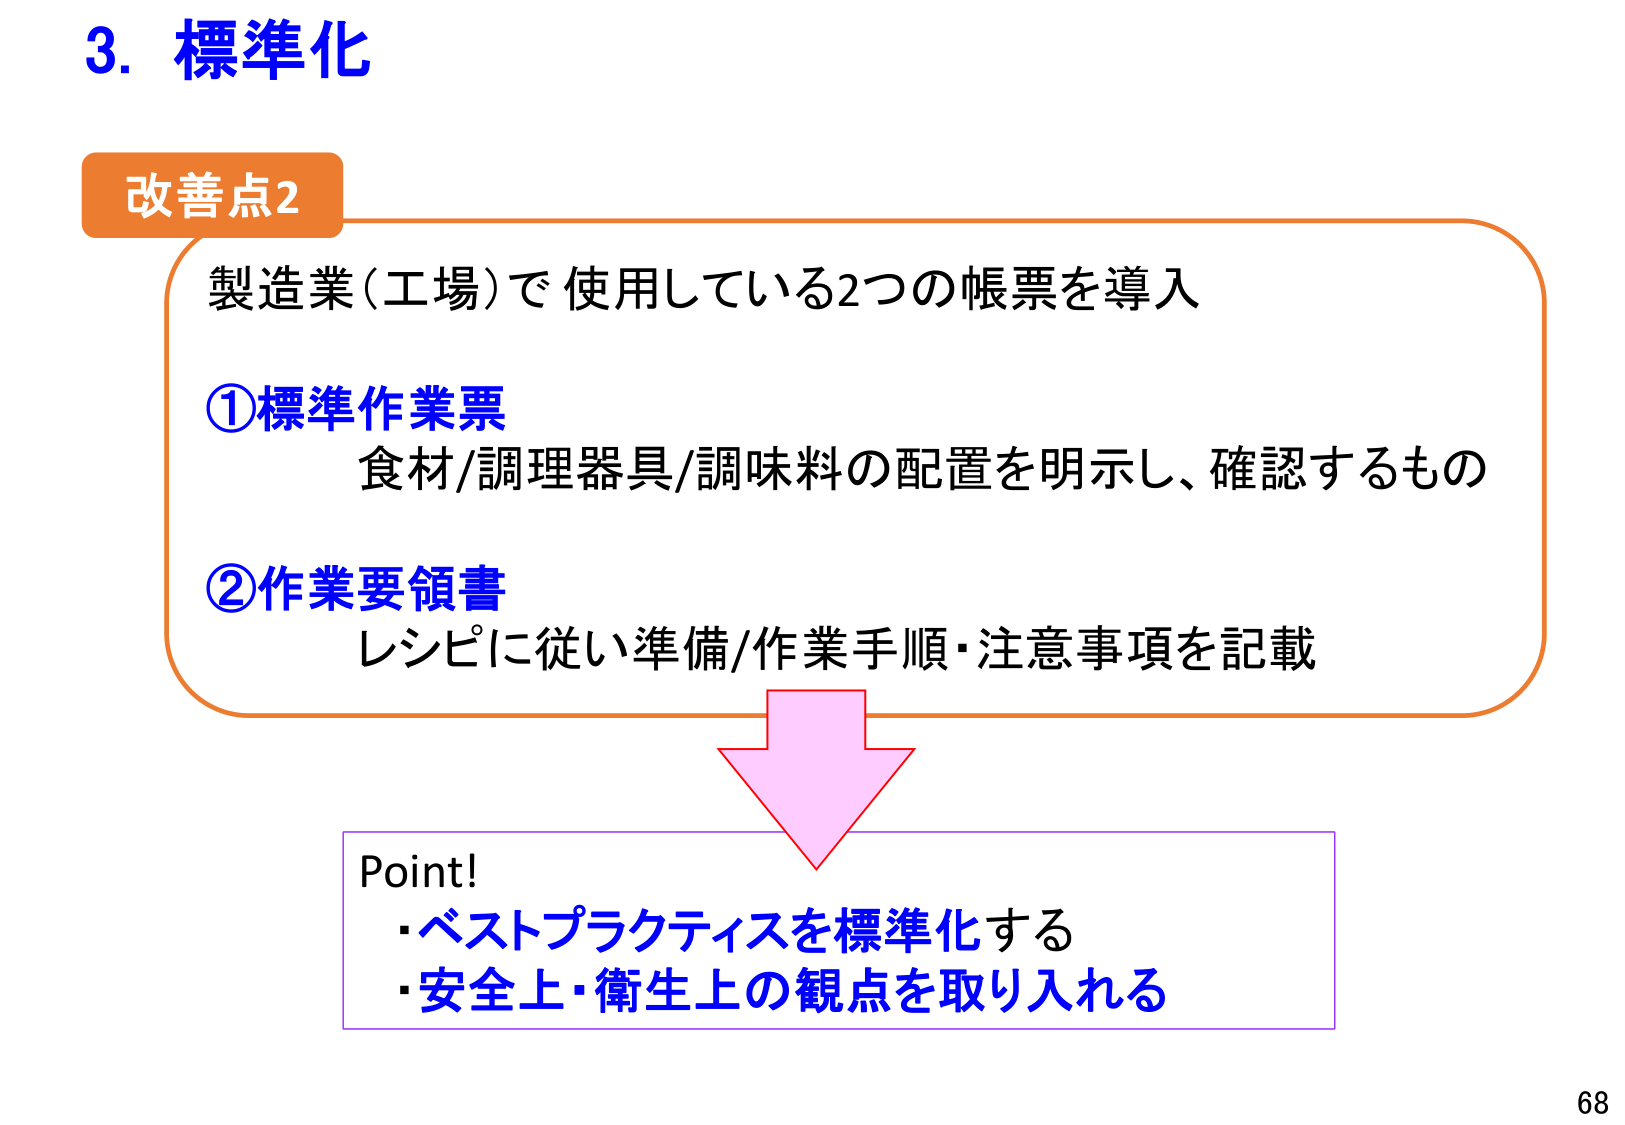
3. 標準化
改善点2
製造業（工場）で使用している2つの帳票を導入
①標準作業票
食材/調理器具/調味料の配置を明示し、確認するもの
②作業要領書
レシピに従い準備/作業手順・注意事項を記載
Point!
・ベストプラクティスを標準化する
・安全上・衛生上の観点を取り入れる
68